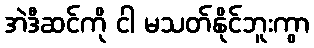
အဲဒီဆင်ကို ငါ မသတ်နိုင်ဘူးကွာ